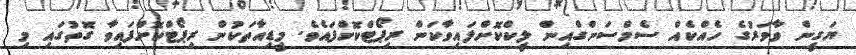
ޔަގީން ވާވަރުގެ ހެއްކެއް ސެމްސަންގްއިން ލީކްކޮށްލައިވާކަން ރިޕޯޓްކޮށްފައެެވެ. މީޑިއާތަކުން ރިޕޯޓްކޮށްފައިވާ ގޮތުގައި މި